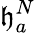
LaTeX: \mathfrak{h}_{a}^{N}